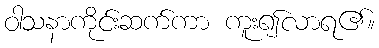
ဝါသနာကိုင်းဆက်ကာ ကူး၍လာရ၏။